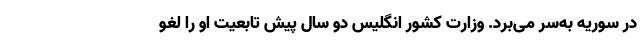
در سوریه به‌سر می‌برد. وزارت کشور انگلیس دو سال پیش تابعیت او را لغو